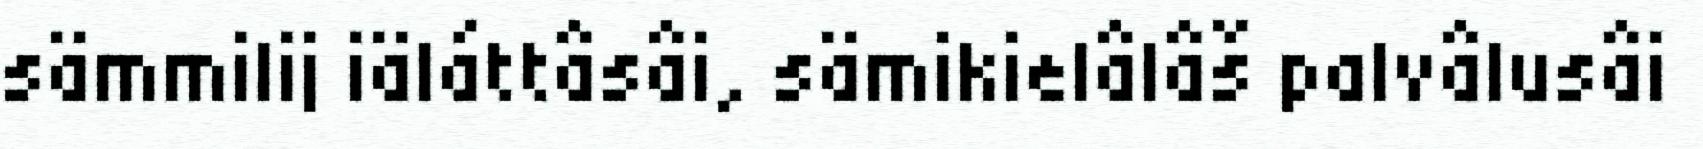
sämmilij iäláttâsâi, sämikielâlâš palvâlusâi